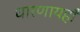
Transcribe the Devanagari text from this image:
धारणायहाँ